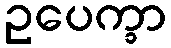
ဥပေက္ခာ